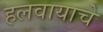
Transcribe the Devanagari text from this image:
हलवायाचे